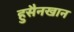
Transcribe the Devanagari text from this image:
हुसैनखान